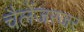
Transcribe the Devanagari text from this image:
चैलेंजरजर